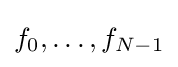
f_{0},\ldots ,f_{N-1}